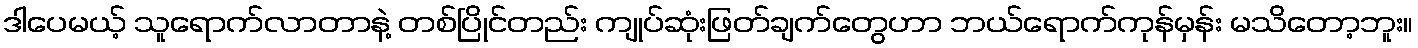
ဒါပေမယ့် သူရောက်လာတာနဲ့ တစ်ပြိုင်တည်း ကျုပ်ဆုံးဖြတ်ချက်တွေဟာ ဘယ်ရောက်ကုန်မှန်း မသိတော့ဘူး။